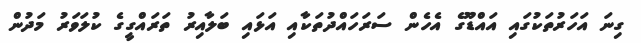
ގިނަ އަހަރުތަކުގައި އައްޑޫގެ އެހެން ސަރަހައްދުތަކާއި އަޅައި ބަލާއިރު ތަރައްގީގެ ކުލަވަރު މަދުން